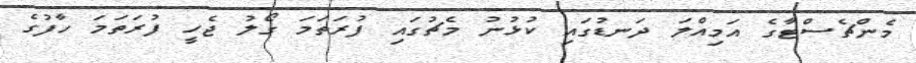
މެންޗެސްޓާގެ އަމިއްލަ ދަނޑުގައި ކުޅުނު މެޗުގައި ފުރަތަމަ ގޯލު ޖެހީ ފުރަތަމަ ހާފުގެ